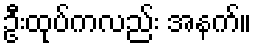
ဦးထုပ်ကလည်း အနက်။